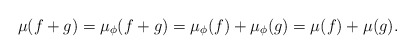
\begin{align*}\mu(f+g) = \mu_\phi(f+g) = \mu_\phi(f) + \mu_\phi(g) =\mu(f) + \mu(g) .\end{align*}